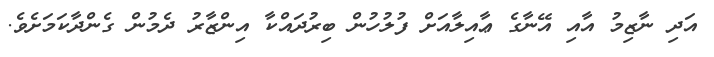
އަދި ނާޒިމު އާއި އޭނާގެ ޢާއިލާއަށް ފުލުހުން ބިރުދައްކާ އިންޒާރު ދެމުން ގެންދާކަމަށެވެ.